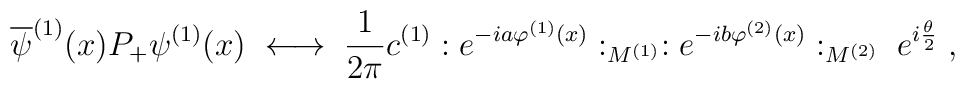
\overline{\psi}^{(1)}(x) P_+ \psi^{(1)}(x) \; \longleftrightarrow \;\frac{1}{2\pi} c^{(1)}:e^{-ia \varphi^{(1)}(x)}:_{M^{(1)}}:e^{-ib \varphi^{(2)}(x)}:_{M^{(2)}} \; e^{i\frac{\theta}{2}} \; ,